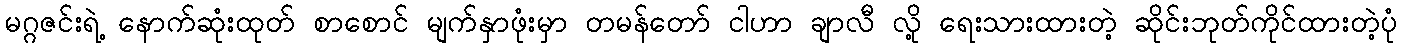
မဂ္ဂဇင်းရဲ့ နောက်ဆုံးထုတ် စာစောင် မျက်နှာဖုံးမှာ တမန်တော် ငါဟာ ချာလီ လို့ ရေးသားထားတဲ့ ဆိုင်းဘုတ်ကိုင်ထားတဲ့ပုံ